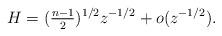
LaTeX: \begin{align*}H=(\tfrac{n-1}{2})^{1/2}z^{-1/2}+o(z^{-1/2}).\end{align*}